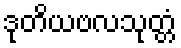
ဒုတိယဗလသုတ္တံ